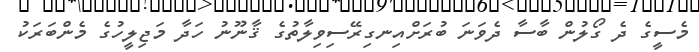
މެސީގެ ދެ ގޯލުން ބާސާ ދެވަނަ ބުރަށްއިނގިރޭސިވިލާތުގެ ޤާނޫނު ހަދާ މަޖިލީހުގެ މެންބަރަކު